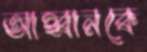
আহ্বানকে